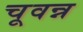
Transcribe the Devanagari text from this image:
चूवन्न